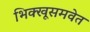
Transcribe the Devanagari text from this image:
भिक्खूसमवेत